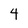
Character: 4